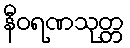
နီဝရဏသုတ္တ